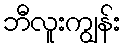
ဘီလူးကျွန်း